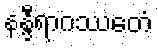
နန္ဒီရာဂဿေတံ